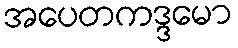
အပေတကဒ္ဒမော